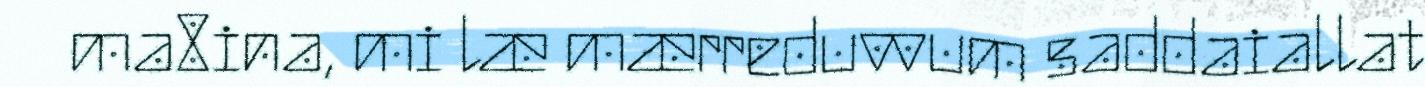
ma8ina, mi læ mærreduvvum saddaiallat